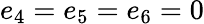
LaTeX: e_{4}=e_{5}=e_{6}=0